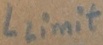
Text: Llimit